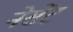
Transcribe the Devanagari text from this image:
नेसेंट